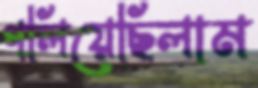
গলিয়েছিলাম